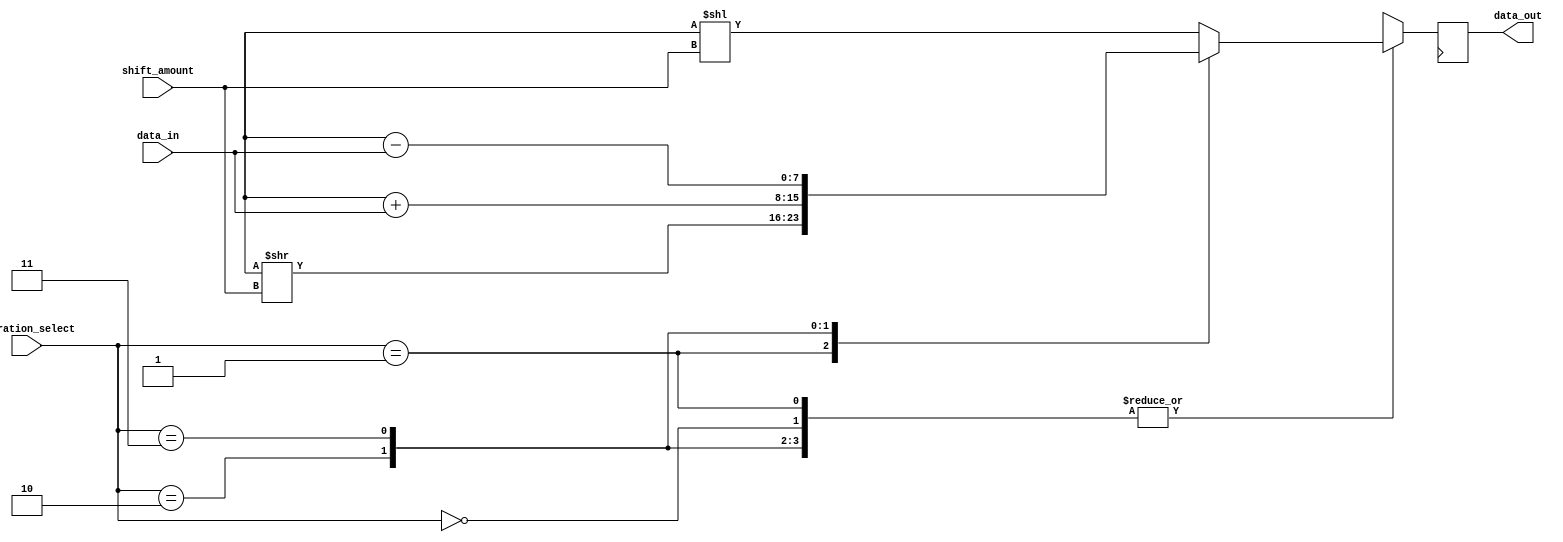
module Arithmetic_Block (
    input wire [N-1:0] data_in,
    input wire [1:0] operation_select,
    input wire [3:0] shift_amount,
    output reg [N-1:0] data_out
);
    
    parameter N = 8; // Number of bits for data
    reg [N-1:0] register;
    reg [N-1:0] shifted_data;
    
    always @(*)
    begin
        case(operation_select)
            2'b00: // Left shift by specified number of bits
                shifted_data = register << shift_amount;
            2'b01: // Right shift by specified number of bits
                shifted_data = register >> shift_amount;
            2'b10: // Addition operation
                shifted_data = register + data_in;
            2'b11: // Subtraction operation
                shifted_data = register - data_in;
        endcase
    end

    always @(posedge clk)
    begin
        case(operation_select)
            2'b00: // Left shift by specified number of bits
                data_out <= shifted_data;
            2'b01: // Right shift by specified number of bits
                data_out <= shifted_data;
            2'b10: // Addition operation
                data_out <= shifted_data;
            2'b11: // Subtraction operation
                data_out <= shifted_data;
        endcase
    end

endmodule